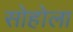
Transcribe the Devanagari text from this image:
सोहोला